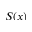
S ( x )